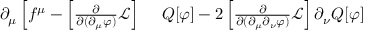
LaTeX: \begin{array} { r l } { \partial _ { \mu } \left[ f ^ { \mu } - \left[ { \frac { \partial } { \partial ( \partial _ { \mu } \varphi ) } } { \mathcal { L } } \right] \right. } & { { } \left. Q [ \varphi ] - 2 \left[ { \frac { \partial } { \partial ( \partial _ { \mu } \partial _ { \nu } \varphi ) } } { \mathcal { L } } \right] \partial _ { \nu } Q [ \varphi ] \right. } \end{array}